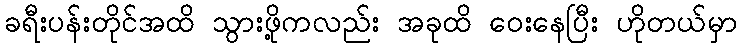
ခရီးပန်းတိုင်အထိ သွားဖို့ကလည်း အခုထိ ဝေးနေပြီး ဟိုတယ်မှာ